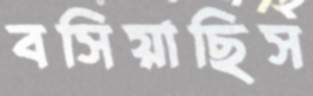
বসিয়াছিস